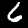
Label: 6